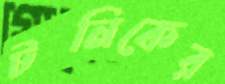
টনিকের